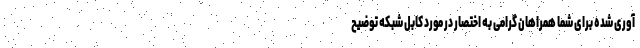
آوری شده برای شما همراهان گرامی به اختصار در مورد کابل شبکه توضیح